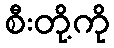
စီးတို့ကို